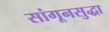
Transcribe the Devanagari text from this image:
सांगूनसुद्धा